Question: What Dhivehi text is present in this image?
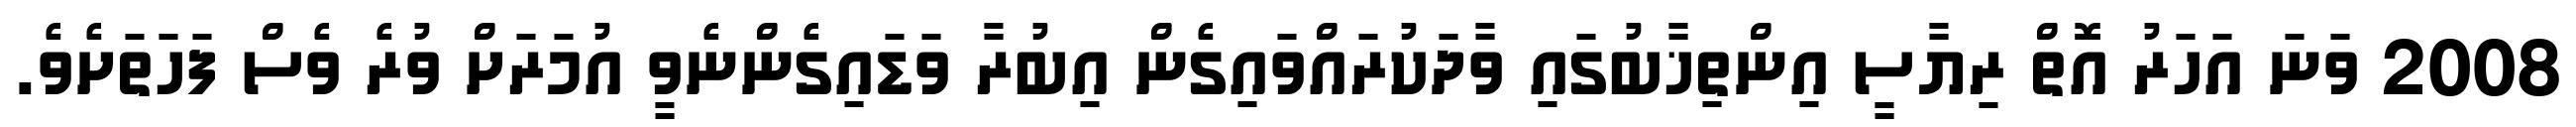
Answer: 2008 ވަނަ އަހަރު އޮތް ރިޔާސީ އިންތިޚާބުގައި ވާދަކުރައްވައިގެން އިބުރާ ވަޑައިގެންނެވީ އުމަރަށް ވުރެ ވެސް ފަހަތަށެވެ.